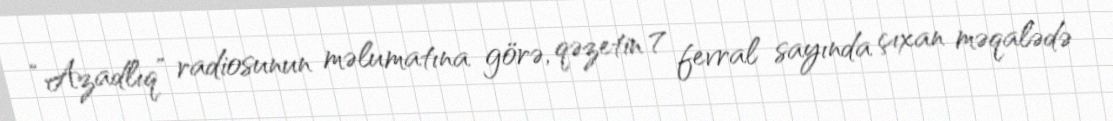
“Azadlıq” radiosunun məlumatına görə, qəzetin 7 fevral sayında çıxan məqalədə